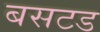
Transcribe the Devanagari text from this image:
बसटड